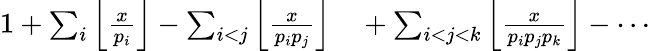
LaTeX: \begin{array}{rl}{1+\sum_{i}\left\lfloor{\frac{x}{p_{i}}}\right\rfloor-\sum_{i<j}\left\lfloor{\frac{x}{p_{i}p_{j}}}\right\rfloor}&{{}+\sum_{i<j<k}\left\lfloor{\frac{x}{p_{i}p_{j}p_{k}}}\right\rfloor-\cdots}\end{array}